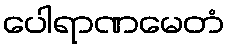
ပေါရာဏမေတံ